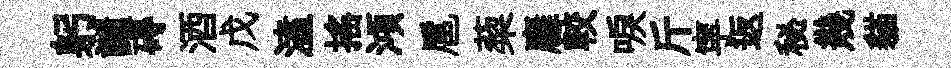
躬譴碍酒戊溘揺澒扈蔾廱較唳斤寜返秘幾貓